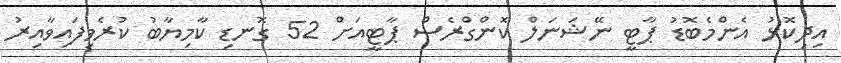
އިދިކޮޅު އެންމެބޮޑު ޕާޓީ ނޭޝަނަލް ކޮންގްރެސް ޕާޓީއަށް 52 ގޮނޑި ކާމިޔާބު ކުރެވިފައިވާއިރު